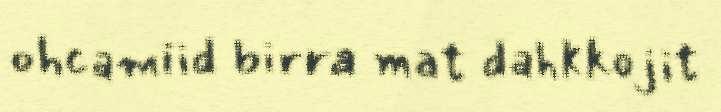
ohcamiid birra mat dahkkojit